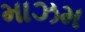
માઝમ